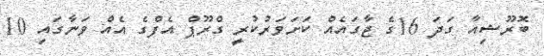
ބޮރޫޝިއާ ގަދަ 16ގެ ޖާގައެއް ކަށަވަރުކުރީ ގްރޫޕް އެފްގެ އެއް ވަނާގައި 10